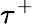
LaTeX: \tau^{+}